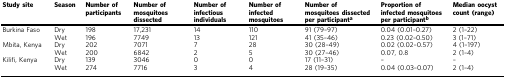
| Study site | Season | Number of participants | Number of mosquitoes dissected | Number of infectious individuals | Number of infected mosquitoes | Number of mosquitoes dissected per participanta | Proportion of infected mosquitoes per participantb | Median oocyst count (range) |
 | --- | --- | --- | --- | --- | --- | --- | --- | --- |
 | Burkina Faso | Dry | 198 | 17,231 | 14 | 110 | 91 (79–97) | 0.04 (0.01–0.27) | 2 (1–22) |
 |  | Wet | 196 | 7749 | 13 | 121 | 41 (35–46) | 0.23 (0.02–0.50) | 3 (1–71) |
 | Mbita, Kenya | Dry | 202 | 7071 | 7 | 28 | 30 (28–49) | 0.02 (0.02–0.57) | 4 (1–197) |
 |  | Wet | 200 | 6842 | 2 | 5 | 30 (27–46) | 0.07, 0.8 | 2 (1–4) |
 | Kilifi, Kenya | Dry | 139 | 3046 | 0 | 0 | 17 (11–31) | – | – |
 |  | Wet | 274 | 7716 | 3 | 4 | 28 (19–35) | 0.04 (0.03–0.07) | 2 (1–4) |